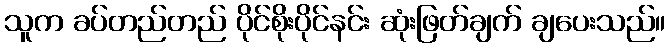
သူက ခပ်တည်တည် ပိုင်စိုးပိုင်နင်း ဆုံးဖြတ်ချက် ချပေးသည်။